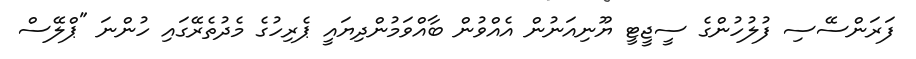
ފަރަންސޭސި ފުލުހުންގެ ސީޖީޓީ ޔޫނިއަނުން އެއްވުން ބާއްވަމުންދިޔައީ ޕެރިހުގެ މެދުތެރޭގައި ހުންނަ "ޕްލޭސް